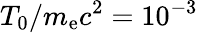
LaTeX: T_{0}/m_{\mathrm{e}}c^{2}=10^{-3}